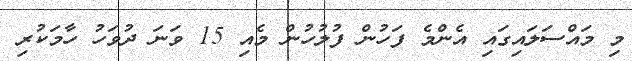
މި މައްސަލައިގައި އެންމެ ފަހުން ފުލުހުން މެއި 15 ވަނަ ދުވަހު ހާމަކުރި